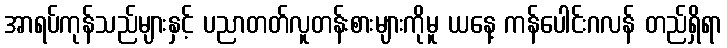
အာရပ်ကုန်သည်များနှင့် ပညာတတ်လူတန်းစားများကိုမူ ယနေ့ ကန်ပေါင်းဂလန် တည်ရှိရာ